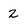
Character: 2